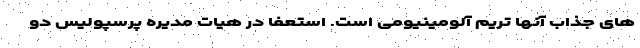
های جذاب آنها تریم آلومینیومی است. استعفا در هیات مدیره پرسپولیس دو